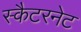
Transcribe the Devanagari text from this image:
स्कैटरनेट